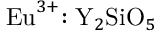
{ \mathrm { E u } } ^ { 3 + } { : \mathrm { Y } } _ { 2 } { \mathrm { S i O } } _ { 5 }